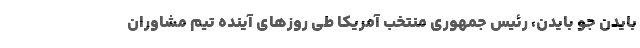
بایدن جو بایدن، رئیس جمهوری منتخب آمریکا طی روزهای آینده تیم مشاوران